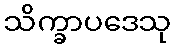
သိက္ခာပဒေသု